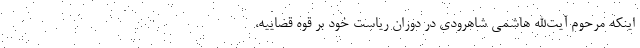
اینکه مرحوم آیت‌الله هاشمی شاهرودی در دوران ریاست خود بر قوه قضاییه،